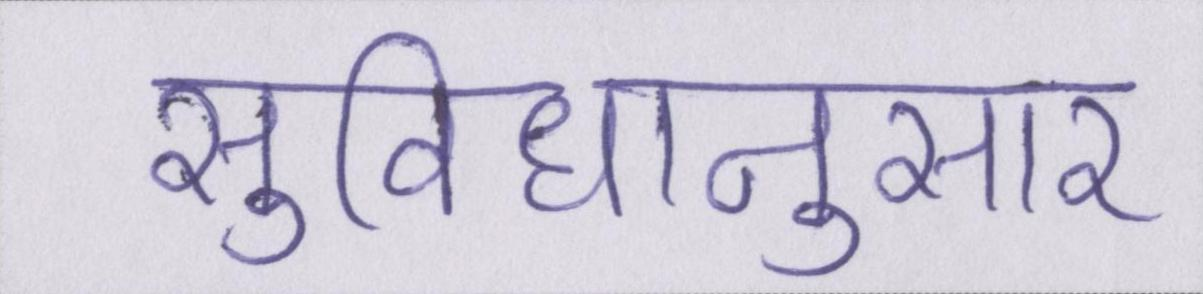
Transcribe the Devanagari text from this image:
सुविधानुसार